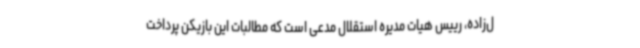
ل‌زاده، رییس هیات مدیره استقلال مدعی است که مطالبات این بازیکن پرداخت